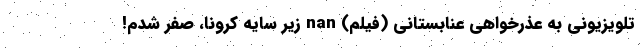
تلویزیونی به عذرخواهی عنابستانی (فیلم) nan زیر سایه کرونا، صفر شدم!